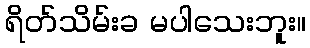
ရိတ်သိမ်းခ မပါသေးဘူး။